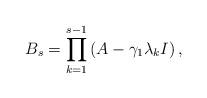
LaTeX: \begin{align*}B_s=\prod_{k=1}^{s-1}\left(A-\gamma_1\lambda_kI \right),\end{align*}